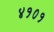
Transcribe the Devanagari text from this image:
४१०१